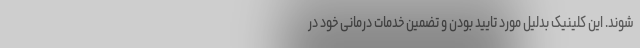
شوند. این کلینیک بدلیل مورد تایید بودن و تضمین خدمات درمانی خود در